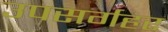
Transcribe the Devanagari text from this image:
उपसर्गहर